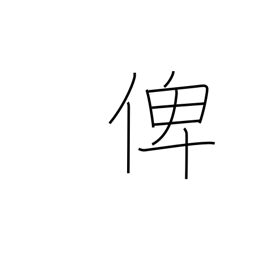
Meaning: tutor